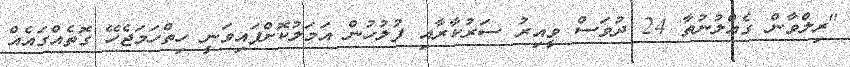
"ރިލްވާން ގެއްލުނުތާ 24 ދުވަސް ވީއިރު ސަރުކާރާއި ފުލުހުން އަމަލުކޮށްފައިވަނީ ހިތްހަމަޖެހޭ ގޮތެއްގައެއް